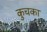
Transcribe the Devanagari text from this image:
कुचका